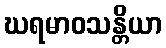
ဃရမာဝသန္တိယာ